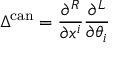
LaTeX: \Delta ^ { \mathrm { c a n } } = \frac { \partial ^ { R } } { \partial x ^ { i } } \frac { \partial ^ { L } } { \partial \theta _ { i } }